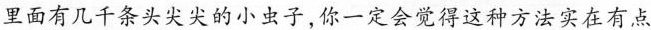
里面有几千条头尖尖的小虫子，你一定会觉得这种方法实在有点